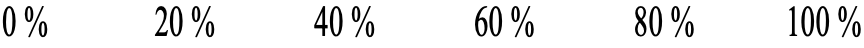
0 %  20 %  40 % 60 % 80 % 100 %